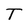
Character: T